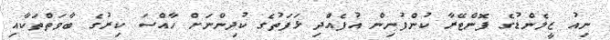
ނިއު ޒީލެންޑުގެ ފޮންޓޭރާ ކުންފުނިން އުފެއްދި ޅަފަތުގެ ކުދިންނަށް ހާއްސަ ކިރުގެ ބާވަތްތަކާއި